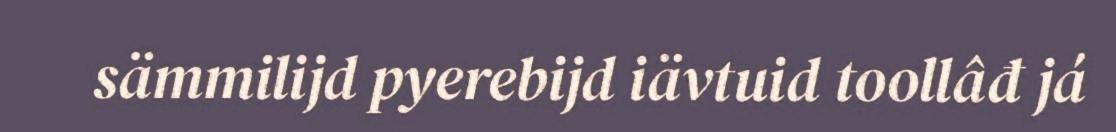
sämmilijd pyerebijd iävtuid toollâđ já